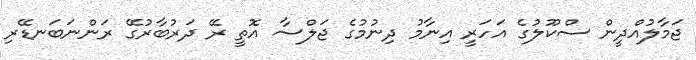
ޖަމާލުއްދީން ސްކޫލުގެ އަހަރީ އިނާމު ދިނުމުގެ ޖަލްސާ އޮތީ ރޭ ދަރުބާރުގޭ ރަންނަބަނޑޭރި